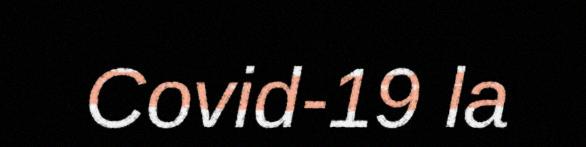
Covid-19 la